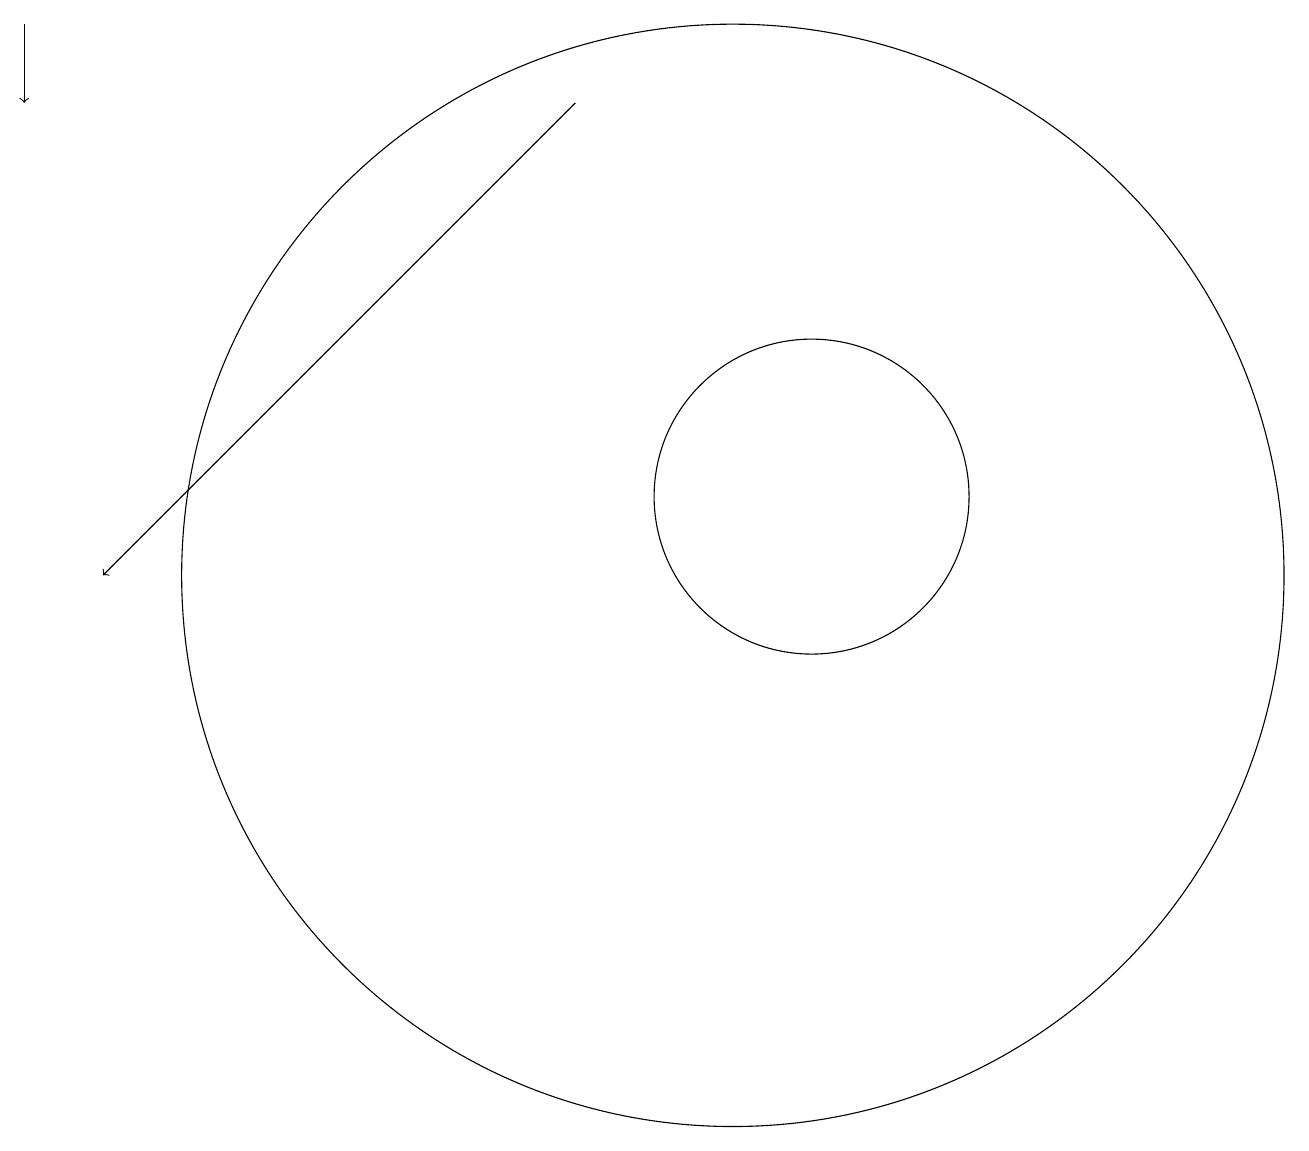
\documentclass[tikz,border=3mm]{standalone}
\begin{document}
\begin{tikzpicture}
\draw[->] (9,17) -- (3,11);
\draw (11,11) circle (7);
\draw[->] (2,18) -- (2,17);
\draw (12,12) circle (2);
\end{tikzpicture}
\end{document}